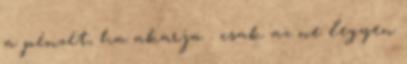
a pénzét, ha akarja . csak az ne legyen